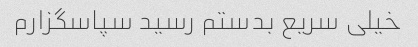
خیلی سریع بدستم رسید سپاسگزارم